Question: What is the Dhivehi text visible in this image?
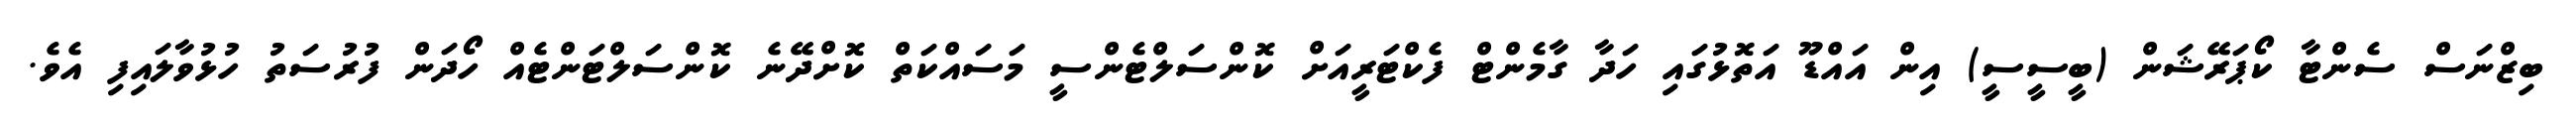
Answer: ބިޒްނަސް ސެންޓާ ކޯޕަރޭޝަން (ބީސީސީ) އިން އައްޑޫ އަތޮޅުގައި ހަދާ ގާމެންޓް ފެކްޓަރީއަށް ކޮންސަލްޓެންސީ މަސައްކަތް ކޮށްދޭނެ ކޮންސަލްޓަންޓެއް ހޯދަން ފުރުސަތު ހުޅުވާލައިފި އެވެ.